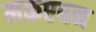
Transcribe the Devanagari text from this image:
मकएवन